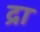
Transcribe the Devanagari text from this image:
द्रा